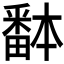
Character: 𱱀